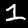
Digit: 1